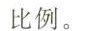
比例。